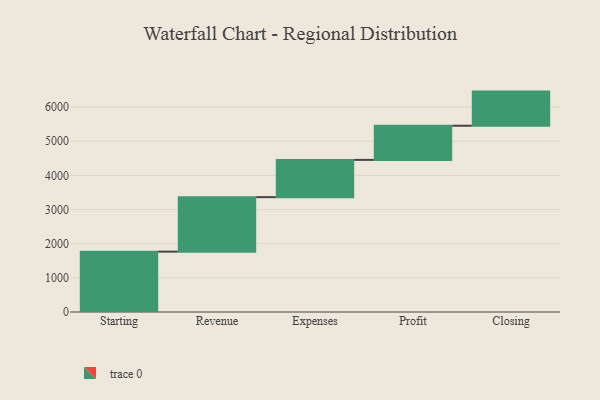
{"axis": {"x": "Step", "y": "Value"}, "legend": [""], "data": [{"x": "Starting", "y": 1768.0, "type": ""}, {"x": "Revenue", "y": 1596.0, "type": ""}, {"x": "Expenses", "y": 1091.0, "type": ""}, {"x": "Profit", "y": 1000, "type": ""}, {"x": "Closing", "y": 1000, "type": ""}]}